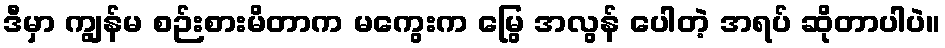
ဒီမှာ ကျွန်မ စဉ်းစားမိတာက မကွေးက မြွေ အလွန် ပေါတဲ့ အရပ် ဆိုတာပါပဲ။